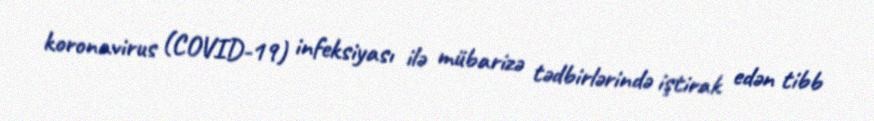
koronavirus (COVID-19) infeksiyası ilə mübarizə tədbirlərində iştirak edən tibb